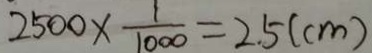
2 5 0 0 \times \frac { 1 } { 1 0 0 0 } = 2 . 5 ( c m )